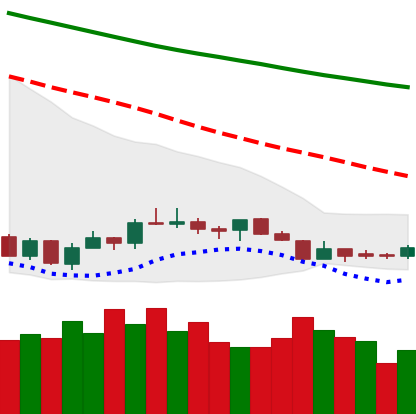
Ticker: LTC-USD
Chart end date: 2018-07-15
Forward return: 4.834%
Label: up_3_5